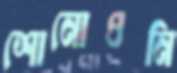
শোনোওনি